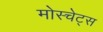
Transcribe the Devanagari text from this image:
मोस्चेट्स